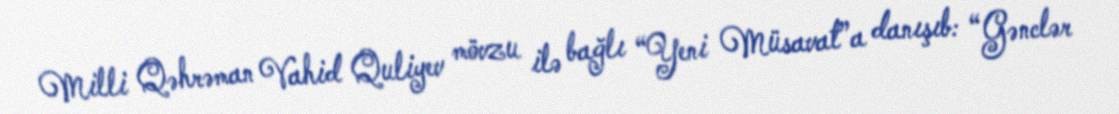
Milli Qəhrəman Vahid Quliyev mövzu ilə bağlı “Yeni Müsavat”a danışıb: “Gənclər